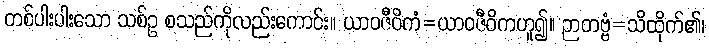
တစ်ပါးပါးသော သစ်ဥ စသည်ကိုလည်းကောင်း။ ယာဝဇီဝိကံ=ယာဝဇီဝိကဟူ၍။ ဉာတဗ္ဗံ=သိထိုက်၏၊